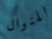
المنوال